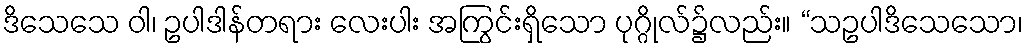
ဒိသေသေ ဝါ၊ ဥပါဒါန်တရား လေးပါး အကြွင်းရှိသော ပုဂ္ဂိုလ်၌လည်း။ “သဥပါဒိသေသော၊